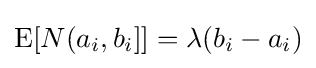
\operatorname {E} [N(a_{i},b_{i}]]=\lambda (b_{i}-a_{i})